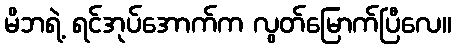
မိဘရဲ့ ရင်အုပ်အောက်က လွတ်မြောက်ပြီလေ။